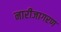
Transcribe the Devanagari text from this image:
नारीजागरण